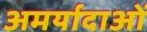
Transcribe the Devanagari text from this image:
अमर्यादाओं